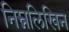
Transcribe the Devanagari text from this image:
निम्नलिखिन